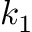
k _ { 1 }